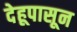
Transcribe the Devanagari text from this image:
देहूपासून